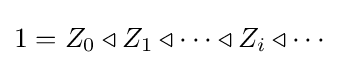
1=Z_{0}\triangleleft Z_{1}\triangleleft \cdots \triangleleft Z_{i}\triangleleft \cdots